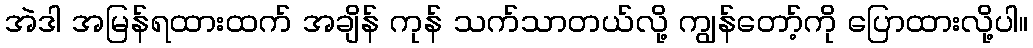
အဲဒါ အမြန်ရထားထက် အချိန် ကုန် သက်သာတယ်လို့ ကျွန်တော့်ကို ပြောထားလို့ပါ။